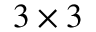
3 \times 3